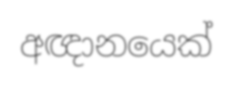
අඥානයෙක්